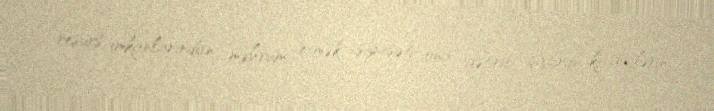
resurs imkanlarından məhrum etmək siyasəti ona gətirib çıxarıb ki, güclərin